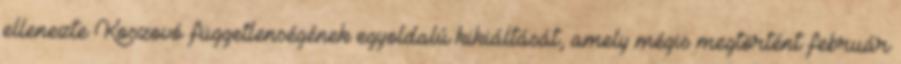
ellenezte Koszovó függetlenségének egyoldalú kikiáltását, amely mégis megtörtént február